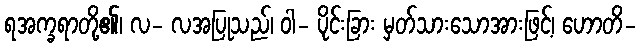
ရအက္ခရာတို့၏၊ လ- လအပြုသည်၊ ဝါ- ပိုင်းခြား မှတ်သားသောအားဖြင့်၊ ဟောတိ-